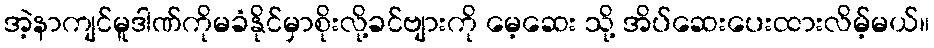
အဲ့နာကျင်မူဒါဏ်ကိုမခံနိုင်မှာစိုးလို့ခင်ဗျားကို မေ့ဆေး သို့ အိပ်ဆေးပေးထားလိမ့်မယ်။